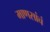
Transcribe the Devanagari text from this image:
माणसांचं